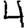
Digit: 4